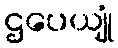
ဌပေယျုံ